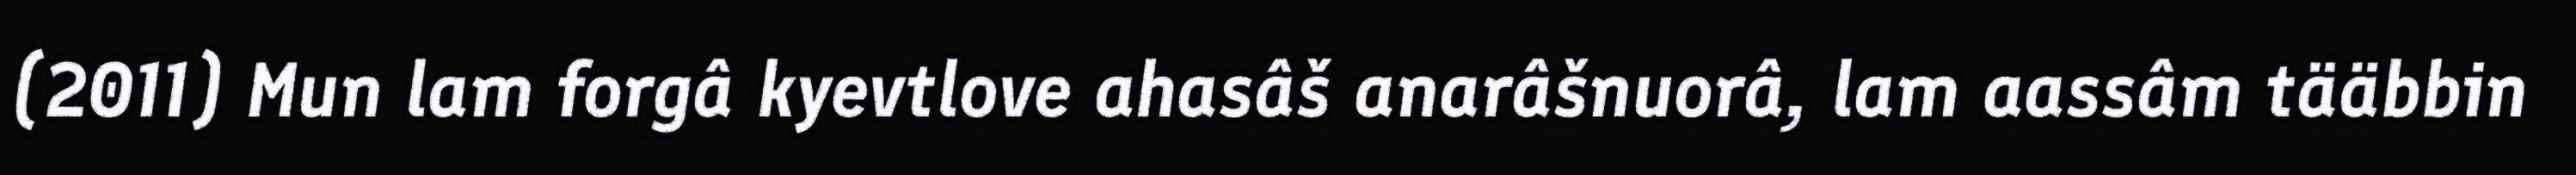
(2011) Mun lam forgâ kyevtlove ahasâš anarâšnuorâ, lam aassâm tääbbin